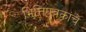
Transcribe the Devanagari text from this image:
भित्तिपत्रकांचे